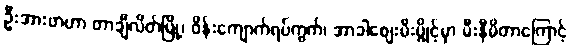
ဦးအားဖာဟာ တာချီလိတ်မြို့၊ ဝိန်းကျောက်ရပ်ကွက်၊ အာခါစျေးမီးပွိုင့်မှာ မီးနီမိတာကြောင့်